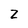
Character: Z